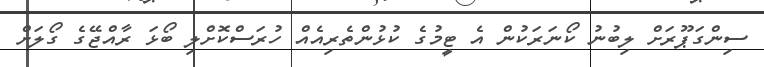
ސިންގަޕޫރަށް ލިބުނު ކޯނަރަކުން އެ ޓީމުގެ ކުޅުންތެރިއެއް ހުރަސްކޮށްލި ބޯޅަ ރާއްޖޭގެ ގޯލަށް